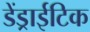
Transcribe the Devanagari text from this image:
डेंड्राईटिक